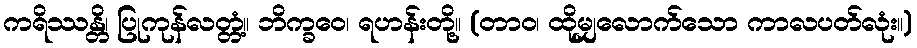
ကရိဿန္တိ၊ ပြုကုန်လတ္တံ့။ ဘိက္ခဝေ၊ ရဟန်းတို့။ (တာဝ၊ ထိုမျှလောက်သော ကာလပတ်လုံး။)